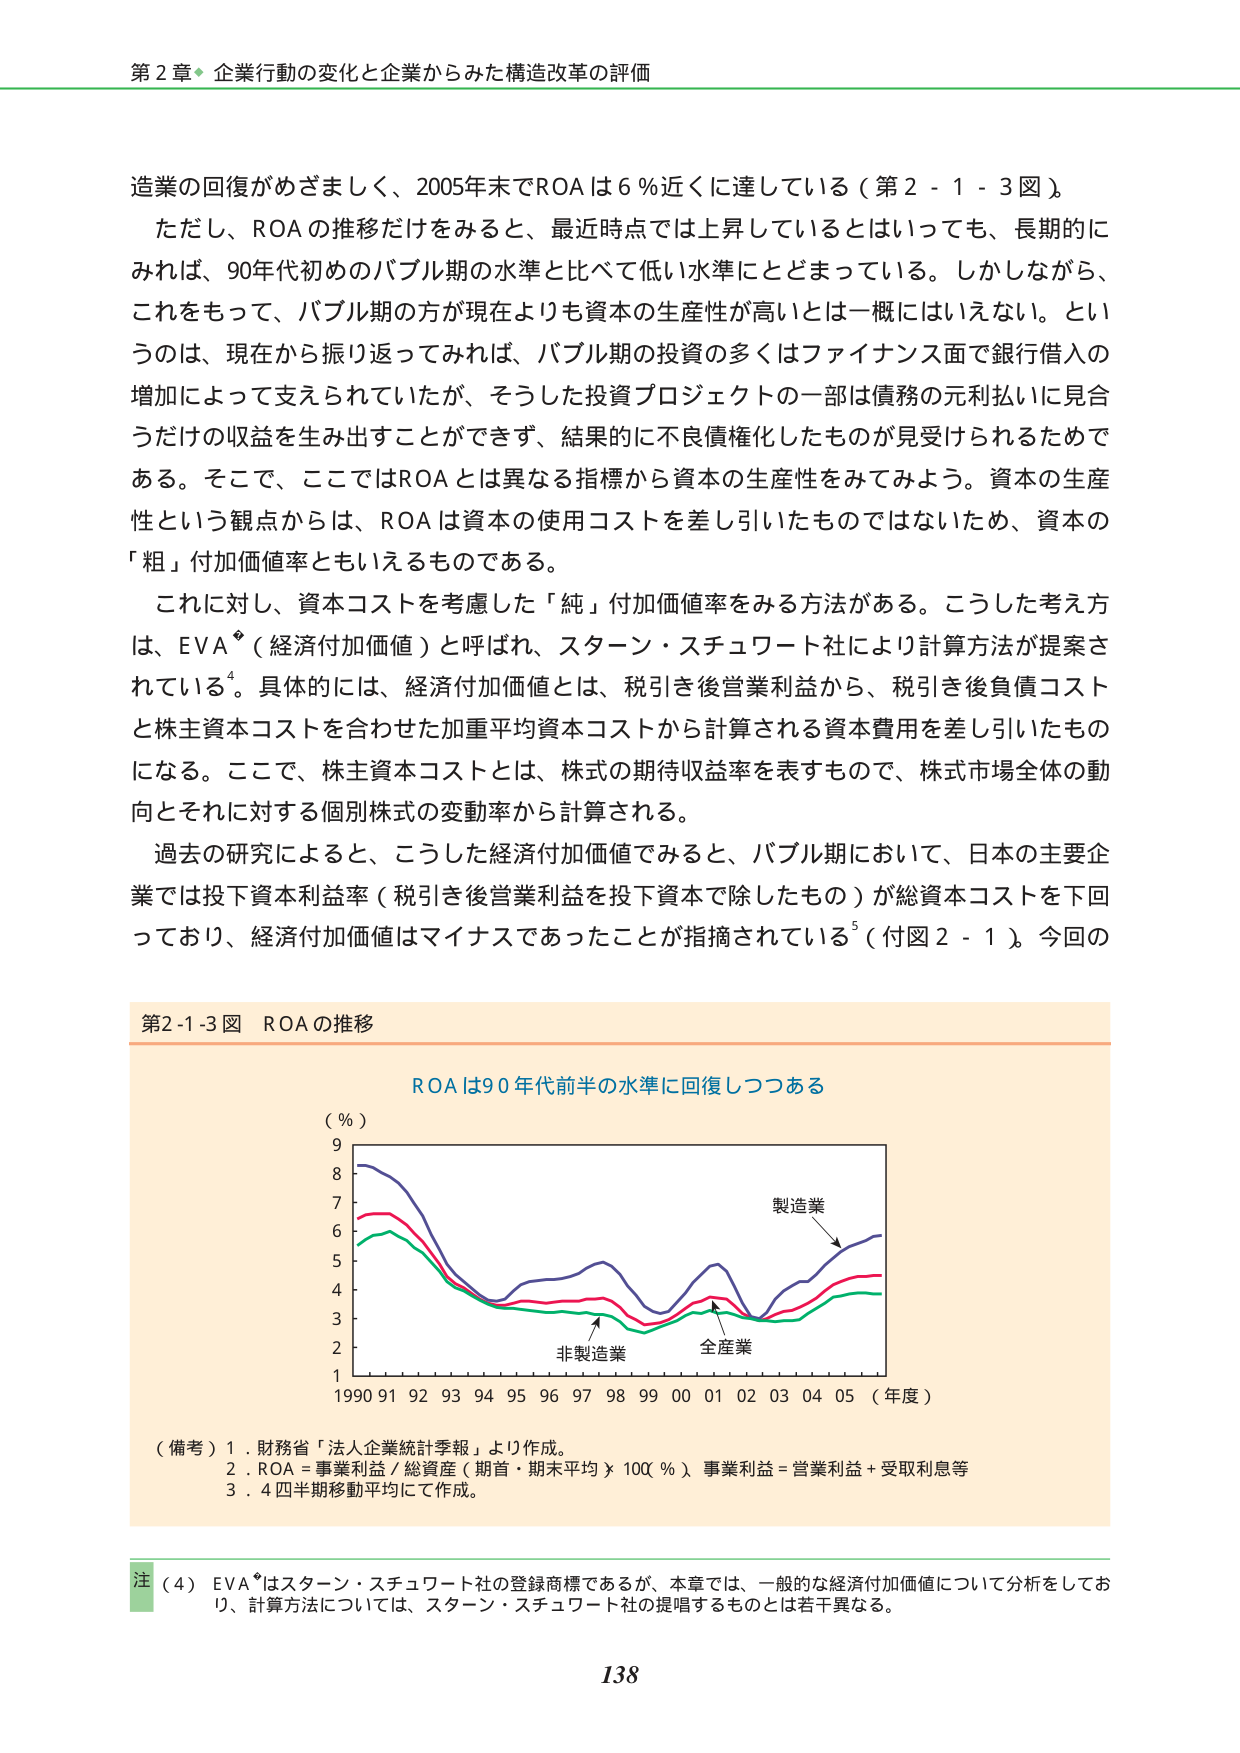
第２章 企業行動の変化と企業からみた構造改革の評価

造業の回復がござましく、2005年末でROAは6％近くに達している（第2-1-3図）。
ただし、ROAの推移だけをみると、最近時点では上昇しているとはいっても、長期的に
みれば、90年代初めのバブル期の水準と比べて低い水準にとどまっている。しかしながら、
これをもって、バブル期の方が現在よりも資本の生産性が高いとは一概にはいえない。とい
うのは、現在から振り返ってみれば、バブル期の投資の多くはファイナンス面で銀行借入の
増加によって支えられていたが、そうした投資プロジェクトの一部は債務の元利払いに見合
うだけの収益を生み出すことができず、結果的に不良債権化したものが見受けられるためで
ある。そこで、ここではROAとは異なる指標から資本の生産性をみてみよう。資本の生産
性という観点からは、ROAは資本の使用コストを差し引いたものではないため、資本の
「粗」付加価値率ともいえるものである。
これに対し、資本コストを考慮した「純」付加価値率をみる方法がある。こうした考え方
は、EVA®（経済付加価値）と呼ばれ、スターン・スチュワート社により計算方法が提案さ
れている⁴。具体的には、経済付加価値とは、税引き後営業利益から、税引き後負債コスト
と株主資本コストを合わせた加重平均資本コストから計算される資本費用を差し引いたもの
になる。ここで、株主資本コストとは、株式の期待収益率を表すもので、株式市場全体の動
向とそれに対する個別株式の変動率から計算される。
過去の研究によると、こうした経済付加価値でみると、バブル期において、日本の主要企
業では投下資本利益率（税引き後営業利益を投下資本で除したもの）が総資本コストを下回
っており、経済付加価値はマイナスであったことが指摘されている⁵（付図2-1）。今回の

第2-1-3図 ROAの推移

ROAは90年代前半の水準に回復しつつある

（％）
9
8
7
6
5
4
3
2
1
1990 91 92 93 94 95 96 97 98 99 00 01 02 03 04 05（年度）

製造業
非製造業
全産業

（備考）1．財務省「法人企業統計季報」より作成。
2．ROA＝事業利益／総資産（期首・期末平均）×100（％） 事業利益＝営業利益＋受取利息等
3．4四半期移動平均にて作成。

注（4）EVA®はスターン・スチュワート社の登録商標であるが、本章では、一般的な経済付加価値について分析をしてお
り、計算方法については、スターン・スチュワート社の提唱するものとは若干異なる。

138